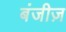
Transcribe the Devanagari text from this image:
बंजीज़